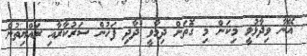
އޭނާ ވިދާޅުވީ މިކަން މި ގޮތަށް ދިމާވީ ދާދި ފަހުން ސަރުކާރާއި ރައްޔިތުން